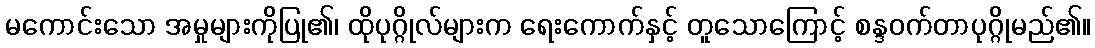
မကောင်းသော အမှုများကိုပြု၏၊ ထိုပုဂ္ဂိုလ်များက ရေးကောက်နှင့် တူသောကြောင့် စန္ဒဝက်တာပုဂ္ဂိုမည်၏။